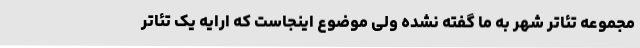
مجموعه تئاتر شهر به ما گفته نشده ولی موضوع اینجاست که ارایه یک تئاتر